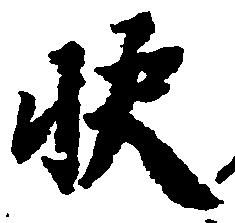
快